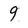
Character: 9